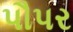
પૌપર